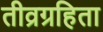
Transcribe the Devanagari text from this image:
तीव्रग्रहिता